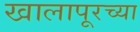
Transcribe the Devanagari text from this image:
खालापूरच्या